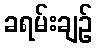
ခရမ်းချဉ်